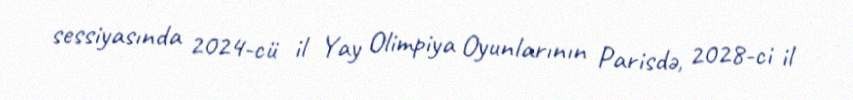
sessiyasında 2024-cü il Yay Olimpiya Oyunlarının Parisdə, 2028-ci il